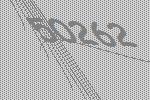
50262